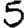
Digit: 5